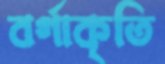
বর্গাকৃতি